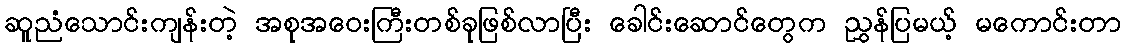
ဆူညံသောင်းကျန်းတဲ့ အစုအဝေးကြီးတစ်ခုဖြစ်လာပြီး ခေါင်းဆောင်တွေက ညွှန်ပြမယ့် မကောင်းတာ